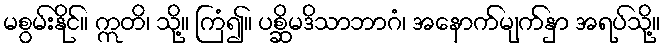
မစွမ်းနိုင်။ ဣတိ၊ သို့။ ကြံ၍။ ပစ္ဆိမဒိသာဘာဂံ၊ အနောက်မျက်နှာ အရပ်သို့။